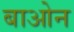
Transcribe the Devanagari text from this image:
बाओन